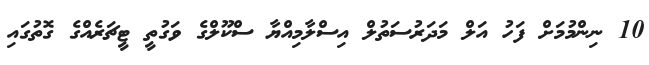
10 ނިންމުމަށް ފަހު އަލް މަދަރުސަތުލް އިސްލާމިއްޔާ ސްކޫލްގެ ވަގުތީ ޓީޗަރެއްގެ ގޮތުގައި